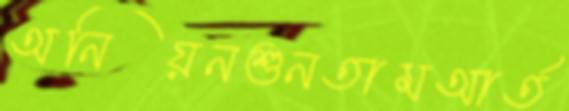
অনিয়নশুনতামআর্ত